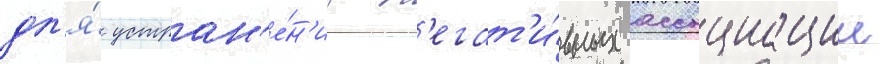
дл'я́ устран'е́н'иа н'егат'и́вных ассоциации